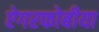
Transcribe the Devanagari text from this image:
ऐगरफोबीया